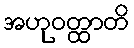
အဟုဝတ္ထာတိ